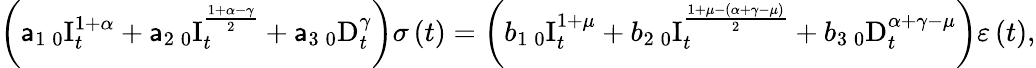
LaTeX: \left(\mathsf{a}_{1}\, _{0}\mathrm{{I}}_{t}^{1+\alpha}+\mathsf{a}_{2}\, _{0}\mathrm{{I}}_{t}^{\frac{{1+\alpha-\gamma}}{{2}}}+\mathsf{a}_{3}\, _{0}\mathrm{{D}}_{t}^{\gamma}\right)\sigma\left(t\right)=\left(b_{1}\, _{0}\mathrm{{I}}_{t}^{1+\mu}+b_{2}\, _{0}\mathrm{{I}}_{t}^{\frac{{1+\mu-\left(\alpha+\gamma-\mu\right)}}{{2}}}+b_{3}\, _{0}\mathrm{{D}}_{t}^{\alpha+\gamma-\mu}\right)\varepsilon\left(t\right),